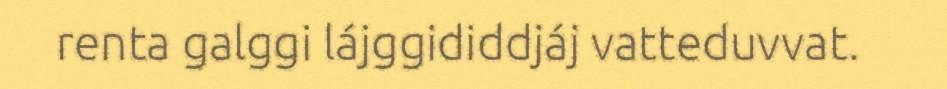
renta galggi lájggididdjáj vatteduvvat.